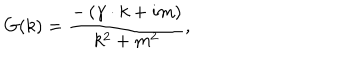
LaTeX: G ( k ) = \frac { - \left( \gamma \cdot k + i m \right) } { k ^ { 2 } + m ^ { 2 } } ,